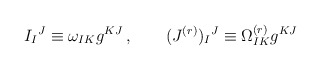
\begin{align*}I_I{}^J \equiv \omega_{IK}g^{KJ}\, ,\qquad (J^{(r)})_I{}^J \equiv \Omega^{(r)}_{IK}g^{KJ}\end{align*}